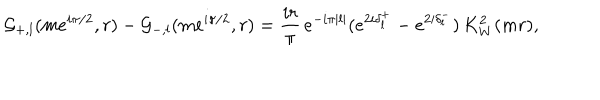
LaTeX: \mathcal { G } _ { + , l } ( m e ^ { i \pi / 2 } , r ) - \mathcal { G } _ { - , l } ( m e ^ { i \pi / 2 } , r ) = \frac { i r } { \pi } \, e ^ { - i \pi | l | } ( e ^ { 2 i \delta _ { l } ^ { + } } - e ^ { 2 i \delta _ { l } ^ { - } } ) \, K _ { W } ^ { 2 } ( m r ) ,